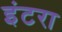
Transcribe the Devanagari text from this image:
इंटरा